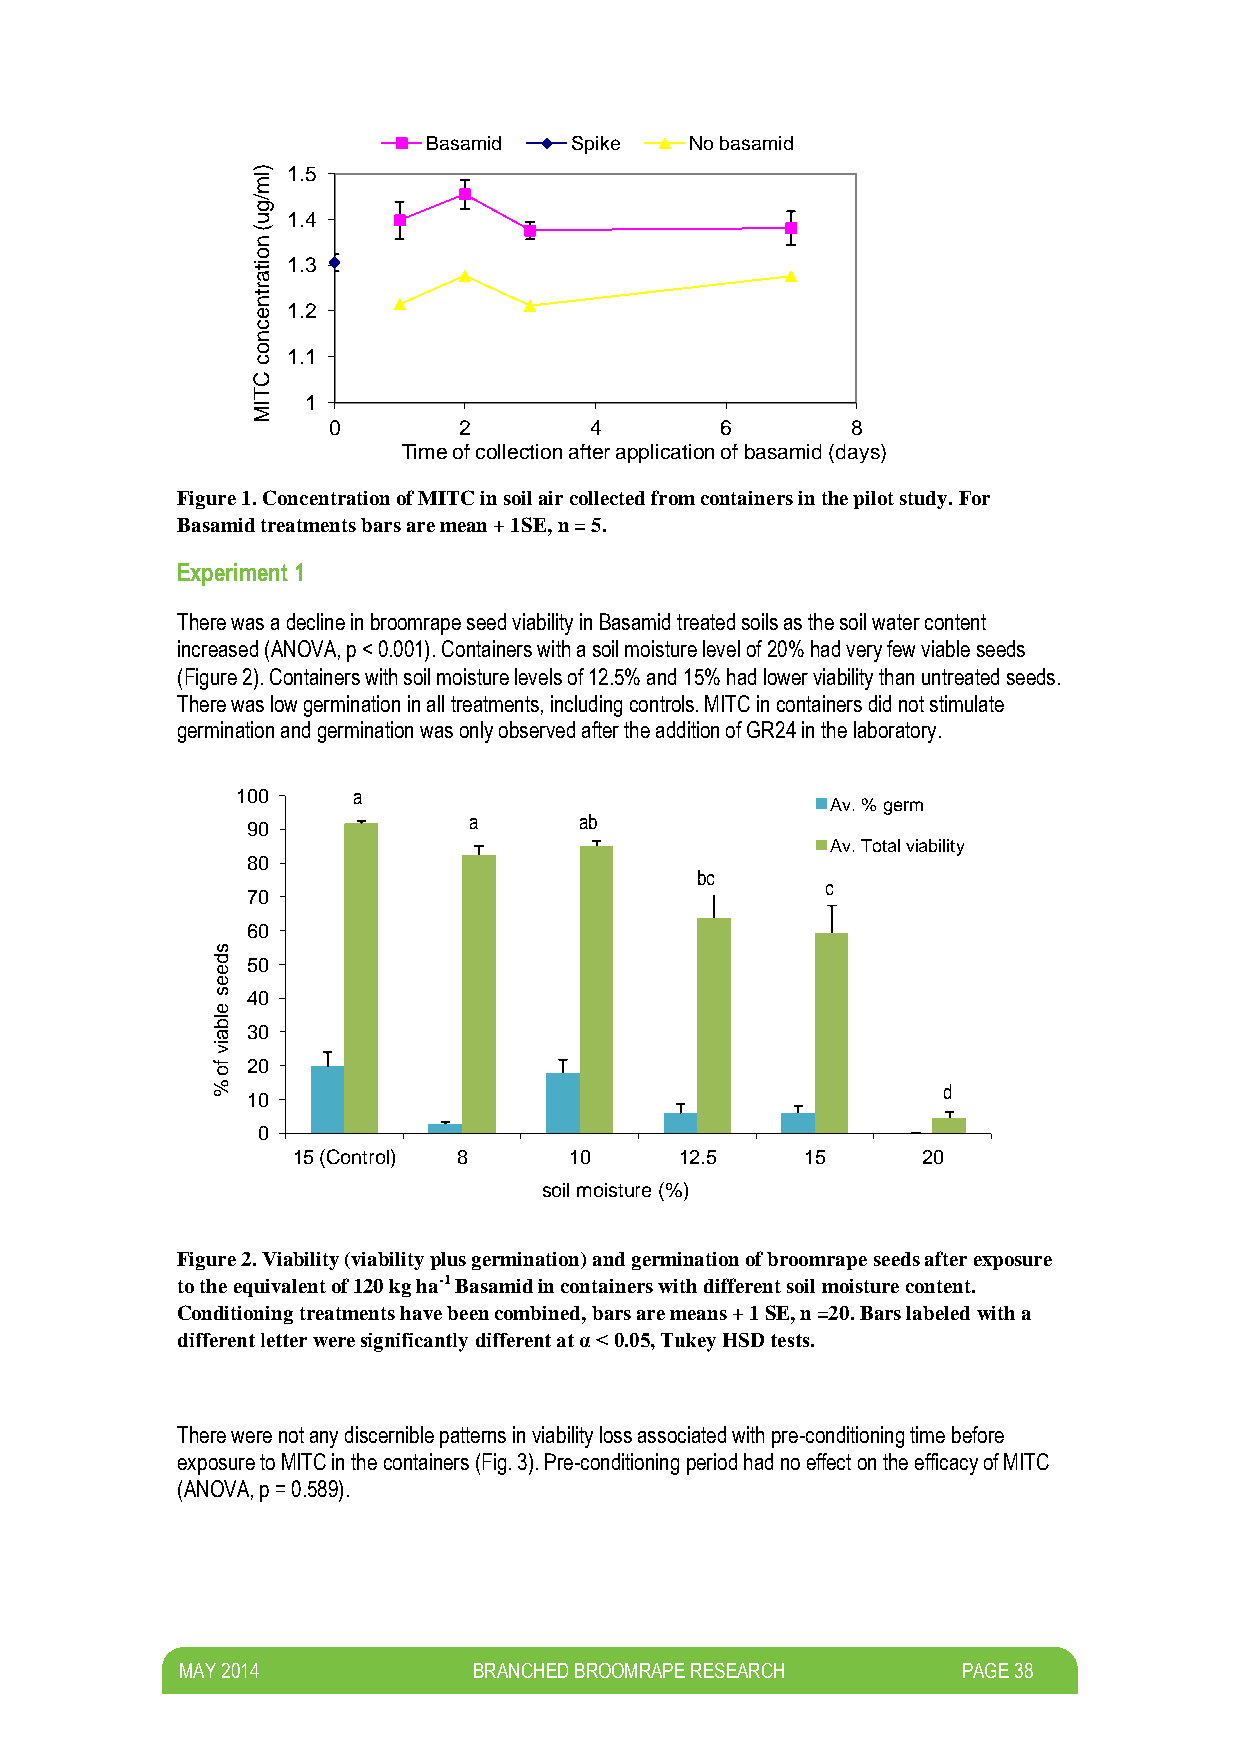
Basamid   Spike   No basamid
 ) 1.5
 lm
 /g
 u 1.4
 (
 n
 o
 ita 1.3
 r
 tn
 e 1.2
 c
 n
 o 1.1
 c
 C
 T
 IM 1
 0       2        4        6       8
 Time of collection after application of basamid (days)
 Figure 1. Concentration of MITC in soil air collected from containers in the pilot study. For
 Basamid treatments bars are mean + 1SE, n = 5.
 Experiment 1
 There was a decline in broomrape seed viability in Basamid treated soils as the soil water content
 increased (ANOVA, p < 0.001). Containers with a soil moisture level of 20% had very few viable seeds
 (Figure 2). Containers with soil moisture levels of 12.5% and 15% had lower viability than untreated seeds.
 There was low germination in all treatments, including controls. MITC in containers did not stimulate
 germination and germination was only observed after the addition of GR24 in the laboratory.
 100    a
 Av. % germ
 90
 a      ab
 Av. Total viability
 80
 bc
 c
 70
 60
 s
 d
 e
 50
 e
 s 40
 e
 lb
 a 30
 iv
 fo 20
 %                                               d
 10
 0
 15 (Control) 8     10     12.5    15      20
 soil moisture (%)
 Figure 2. Viability (viability plus germination) and germination of broomrape seeds after exposure
 to the equivalent of 120 kg ha-1 Basamid in containers with different soil moisture content.
 Conditioning treatments have been combined, bars are means + 1 SE, n =20. Bars labeled with a
 different letter were significantly different at α < 0.05, Tukey HSD tests.
 There were not any discernible patterns in viability loss associated with pre-conditioning time before
 exposure to MITC in the containers (Fig. 3). Pre-conditioning period had no effect on the efficacy of MITC
 (ANOVA, p = 0.589).
 M AY 2014          BRANCHED BROOMRAPE RESEARCH      PAGE 38